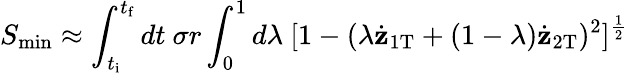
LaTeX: S_{\mathrm{min}}\approx\int_{t_{\mathrm{i}}}^{t_{\mathrm{f}}}dt\ \sigma r\int_{0}^{1}d\lambda\ [1-(\lambda\dot{{\mathbf z}}_{1\mathrm{T}}+(1-\lambda)\dot{{\mathbf z}}_{2\mathrm{T}})^{2}]^{\frac{1}{2}}